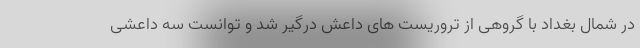
در شمال بغداد با گروهی از تروریست های داعش درگیر شد و توانست سه داعشی